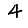
Digit: 4